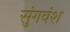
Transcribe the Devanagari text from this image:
सुंगवंश